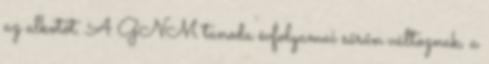
az alkotót. A GNM tanoda évfolyamai sűrűn változnak, a